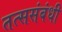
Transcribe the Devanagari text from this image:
तत्ससंबंधी